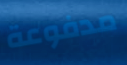
مدفوعة